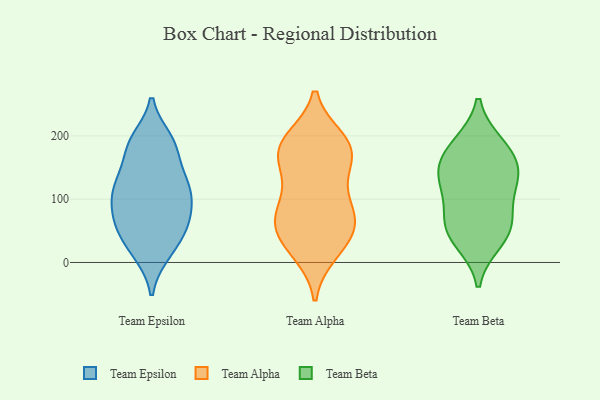
{"axis": {"x": "Humidity (%)", "y": "Value"}, "legend": ["Team Alpha", "Team Beta", "Team Epsilon"], "data": [{"x": "", "y": 195, "type": "Team Epsilon"}, {"x": "", "y": 14, "type": "Team Epsilon"}, {"x": "", "y": 174, "type": "Team Epsilon"}, {"x": "", "y": 101, "type": "Team Epsilon"}, {"x": "", "y": 117, "type": "Team Epsilon"}, {"x": "", "y": 194, "type": "Team Epsilon"}, {"x": "", "y": 64, "type": "Team Epsilon"}, {"x": "", "y": 137, "type": "Team Epsilon"}, {"x": "", "y": 42, "type": "Team Epsilon"}, {"x": "", "y": 50, "type": "Team Epsilon"}, {"x": "", "y": 13, "type": "Team Epsilon"}, {"x": "", "y": 64, "type": "Team Epsilon"}, {"x": "", "y": 67, "type": "Team Epsilon"}, {"x": "", "y": 120, "type": "Team Epsilon"}, {"x": "", "y": 184, "type": "Team Epsilon"}, {"x": "", "y": 106, "type": "Team Epsilon"}, {"x": "", "y": 137, "type": "Team Epsilon"}, {"x": "", "y": 94, "type": "Team Epsilon"}, {"x": "", "y": 155, "type": "Team Alpha"}, {"x": "", "y": 15, "type": "Team Alpha"}, {"x": "", "y": 178, "type": "Team Alpha"}, {"x": "", "y": 153, "type": "Team Alpha"}, {"x": "", "y": 52, "type": "Team Alpha"}, {"x": "", "y": 46, "type": "Team Alpha"}, {"x": "", "y": 162, "type": "Team Alpha"}, {"x": "", "y": 73, "type": "Team Alpha"}, {"x": "", "y": 83, "type": "Team Alpha"}, {"x": "", "y": 99, "type": "Team Alpha"}, {"x": "", "y": 115, "type": "Team Alpha"}, {"x": "", "y": 195, "type": "Team Alpha"}, {"x": "", "y": 39, "type": "Team Alpha"}, {"x": "", "y": 71, "type": "Team Alpha"}, {"x": "", "y": 183, "type": "Team Alpha"}, {"x": "", "y": 190, "type": "Team Alpha"}, {"x": "", "y": 16, "type": "Team Alpha"}, {"x": "", "y": 64, "type": "Team Alpha"}, {"x": "", "y": 192, "type": "Team Alpha"}, {"x": "", "y": 126, "type": "Team Beta"}, {"x": "", "y": 136, "type": "Team Beta"}, {"x": "", "y": 57, "type": "Team Beta"}, {"x": "", "y": 179, "type": "Team Beta"}, {"x": "", "y": 158, "type": "Team Beta"}, {"x": "", "y": 125, "type": "Team Beta"}, {"x": "", "y": 35, "type": "Team Beta"}, {"x": "", "y": 73, "type": "Team Beta"}, {"x": "", "y": 185, "type": "Team Beta"}, {"x": "", "y": 51, "type": "Team Beta"}]}